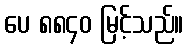
ပေ ၈၈၄၀ မြင့်သည်။